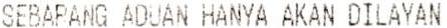
SEBAPANG ADUAN HANYA AKAN DILAYAN